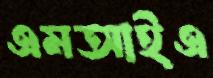
এমআইএ